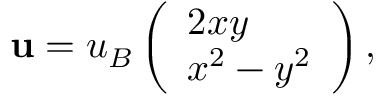
\mathbf { u } = u _ { B } \left( \begin{array} { l } { 2 x y } \\ { x ^ { 2 } - y ^ { 2 } } \end{array} \right) ,